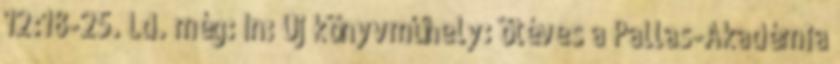
12:18-25. Ld. még: In: Új könyvműhely: ötéves a Pallas-Akadémia